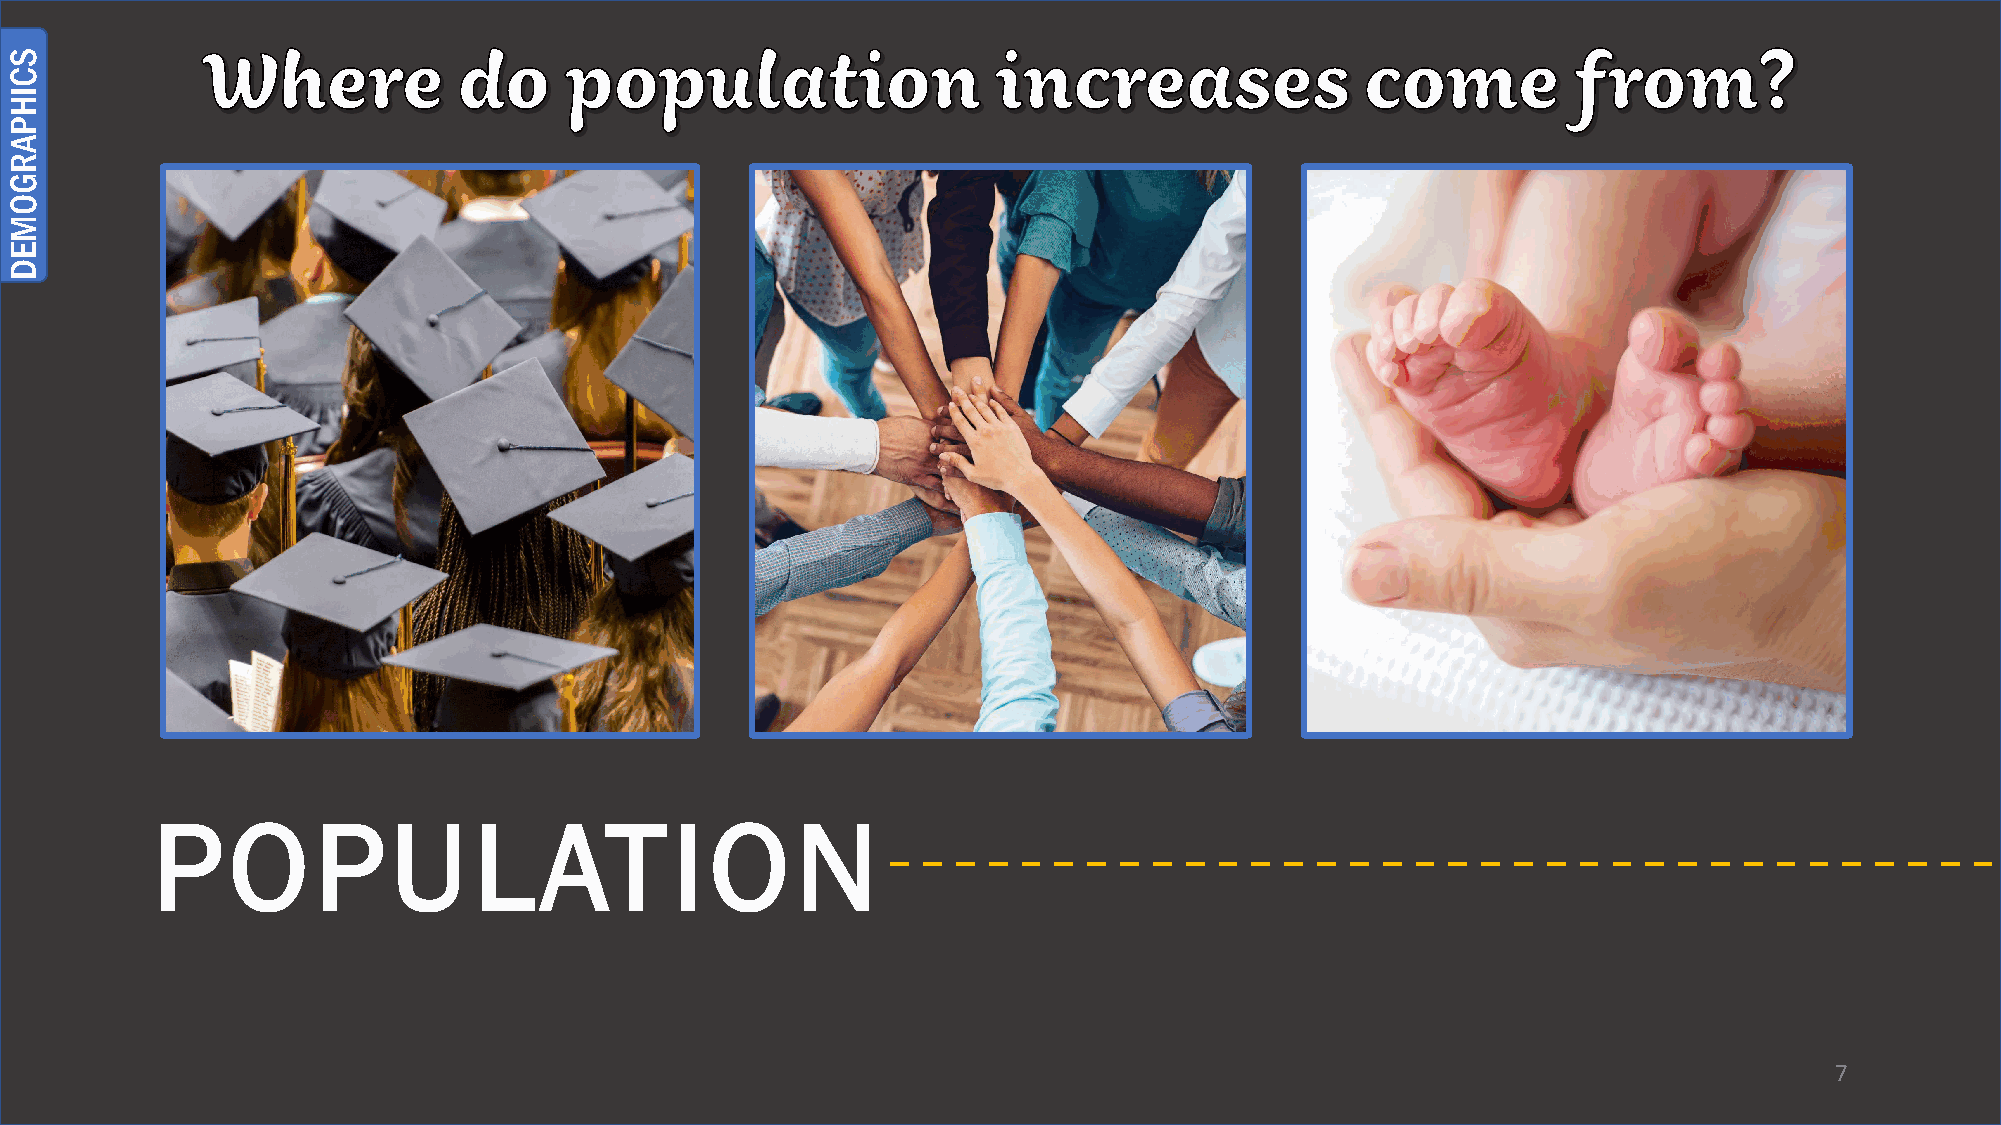
P    O     P    U    LATIO                 N
 7
 SCIHPARGOMED